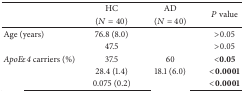
<table><thead><tr><td>[EMPTY_CELL]</td><td><b>HC</b></td><td><b>AD</b></td><td rowspan="2"><b><i>P</i> value</b></td></tr><tr><td>[EMPTY_CELL]</td><td><b> (<i>N</i> = 40)</b></td><td><b> (<i>N</i> = 40)</b></td></tr></thead><tbody><tr><td>Age (years)</td><td>76.8 (8.0)</td><td>[EMPTY_CELL]</td><td>&gt;0.05</td></tr><tr><td>[EMPTY_CELL]</td><td>47.5</td><td>[EMPTY_CELL]</td><td>&gt;0.05</td></tr><tr><td><i>ApoE<i>ε</i>4</i> carriers (%)</td><td>37.5</td><td>60</td><td>&lt;<b>0.05</b></td></tr><tr><td>[EMPTY_CELL]</td><td>28.4 (1.4)</td><td>18.1 (6.0)</td><td>&lt;<b>0.0001</b></td></tr><tr><td>[EMPTY_CELL]</td><td>0.075 (0.2)</td><td>[EMPTY_CELL]</td><td>&lt;<b>0.0001</b></td></tr></tbody></table>